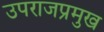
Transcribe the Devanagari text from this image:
उपराजप्रमुख